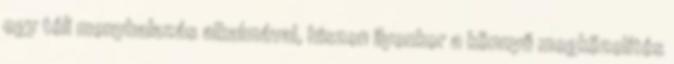
egy téli menyhalazás alkalmával, hiszen ilyenkor a könnyű megközelítés